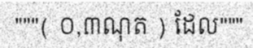
"""( ០,៣ណុត ) ដែល"""